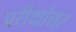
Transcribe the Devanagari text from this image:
परीक्षोत्तर